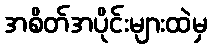
အစိတ်အပိုင်းများထဲမှ